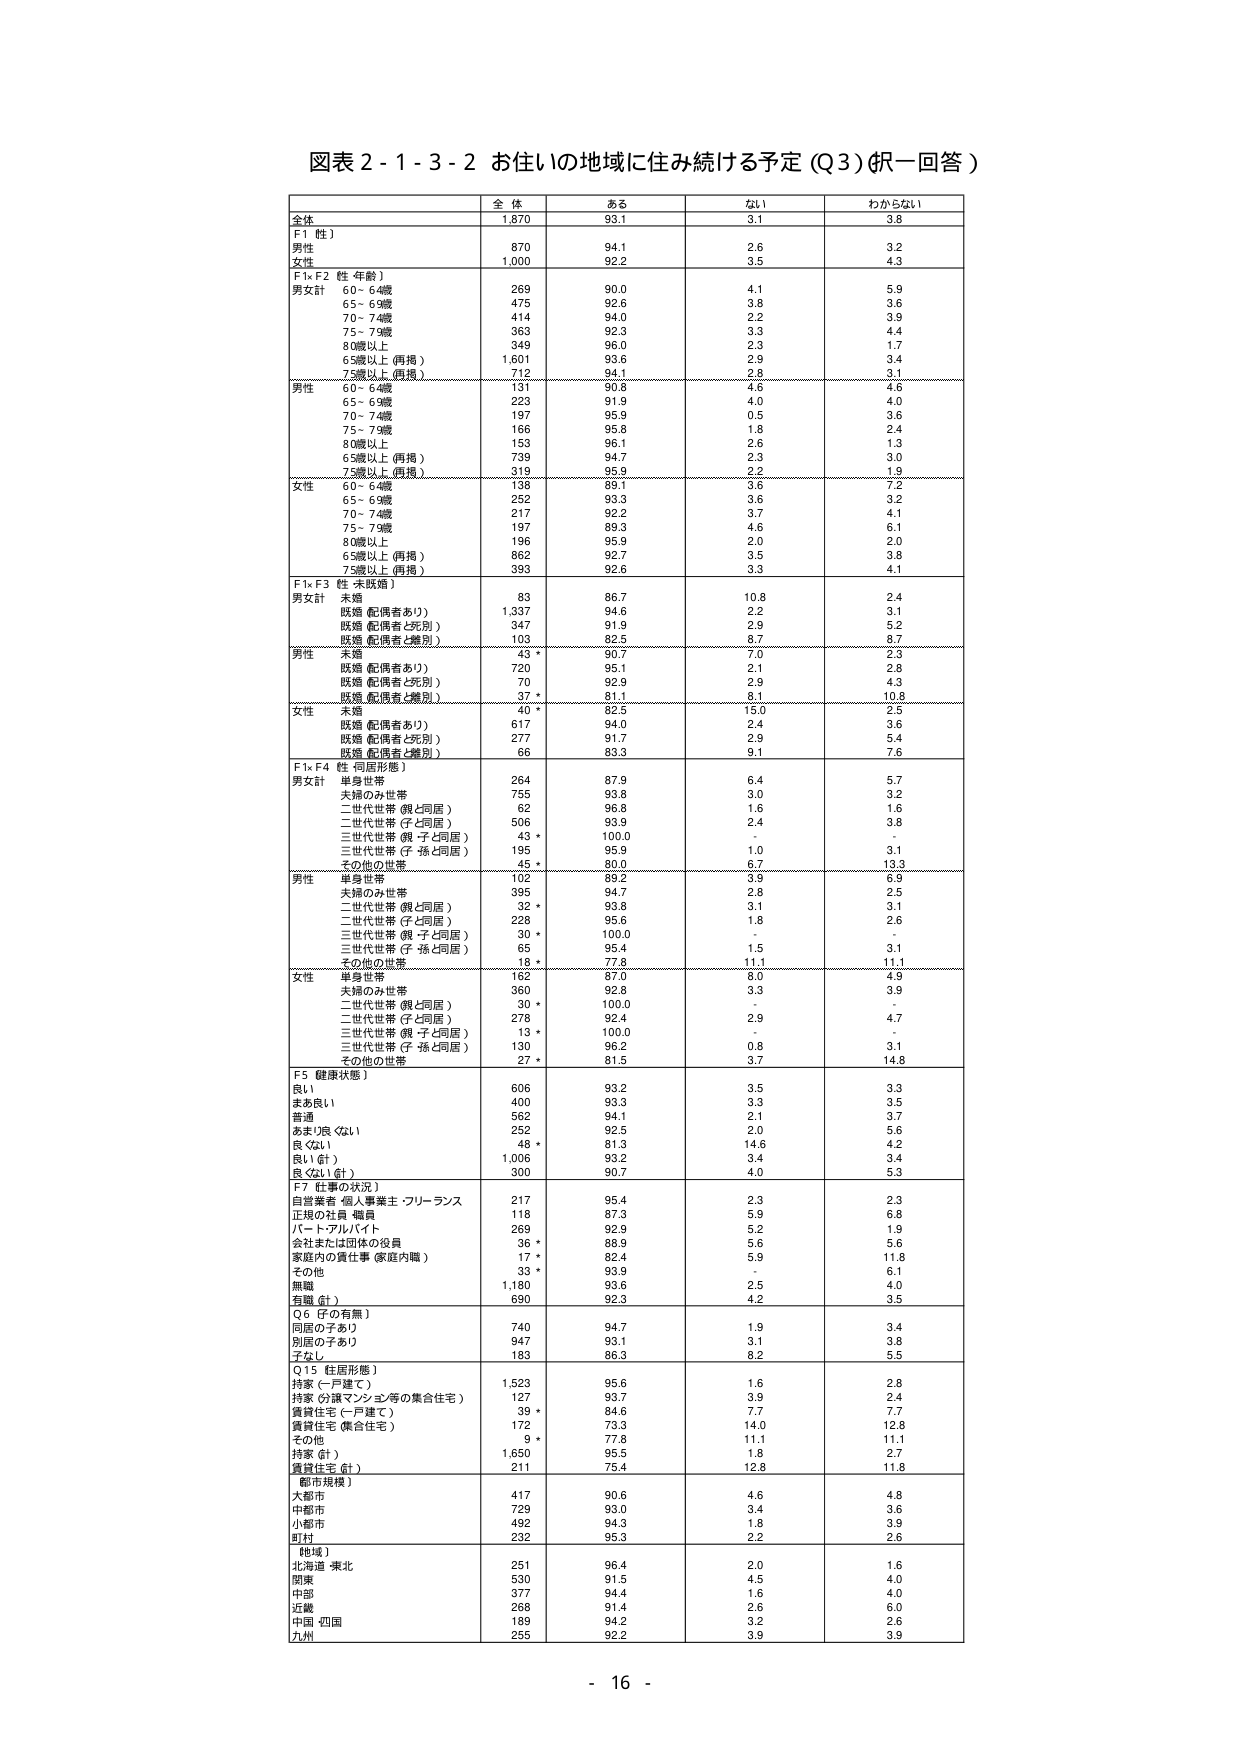
図表２-１-３-２ お住いの地域に住み続ける予定（Q3）（択一回答）

全体 1,870 93.1 3.1 3.8
F1（性）
男性 870 94.1 2.6 3.2
女性 1,000 92.2 3.5 4.3
F1×F2（性・年齢）
男女計
60～64歳 269 90.0 4.1 5.9
65～69歳 475 92.6 3.8 3.6
70～74歳 414 94.0 2.2 3.9
75～79歳 363 92.3 3.3 4.4
80歳以上 349 96.0 2.3 1.7
65歳以上（再掲） 1,601 93.6 2.9 3.4
75歳以上（再掲） 712 94.1 2.8 3.1
男性
60～64歳 131 90.8 4.6 4.6
65～69歳 223 91.9 4.0 4.0
70～74歳 197 95.9 0.5 3.6
75～79歳 166 95.8 1.8 2.4
80歳以上 153 96.1 2.6 1.3
65歳以上（再掲） 739 94.7 2.3 3.0
75歳以上（再掲） 319 95.9 2.2 1.9
女性
60～64歳 138 89.1 3.6 7.2
65～69歳 252 93.3 3.6 3.2
70～74歳 217 92.2 3.7 4.1
75～79歳 197 89.3 4.6 6.1
80歳以上 196 95.9 2.0 2.0
65歳以上（再掲） 862 92.7 3.5 3.8
75歳以上（再掲） 393 92.6 3.3 4.1
F1×F3（性・未婚婚）
男女計
未婚 83 86.7 10.8 2.4
既婚（配偶者あり） 1,337 94.6 2.2 3.1
既婚（配偶者と死別） 347 91.9 2.9 5.2
既婚（配偶者と離別） 103 82.5 8.7 8.7
男性
未婚 43 * 90.7 7.0 2.3
既婚（配偶者あり） 720 95.1 2.1 2.8
既婚（配偶者と死別） 70 92.9 2.9 4.3
既婚（配偶者と離別） 37 * 81.1 8.1 10.8
女性
未婚 40 * 82.5 15.0 2.5
既婚（配偶者あり） 617 94.0 2.4 3.6
既婚（配偶者と死別） 277 91.7 2.9 5.4
既婚（配偶者と離別） 66 83.3 9.1 7.6
F1×F4（性・同居形態）
男女計
単身世帯 264 87.9 6.4 5.7
夫婦のみ世帯 755 93.8 3.0 3.2
二世代世帯（親と同居） 62 96.8 1.6 1.6
二世代世帯（子と同居） 506 93.9 2.4 3.8
三世代世帯（親・子と同居） 43 * 100.0 - -
三世代世帯（子・孫と同居） 195 95.9 1.0 3.1
その他の世帯 42 * 80.0 6.7 13.3
男性
単身世帯 102 89.2 3.9 6.9
夫婦のみ世帯 395 94.7 2.8 2.5
二世代世帯（親と同居） 32 * 93.8 3.1 3.1
二世代世帯（子と同居） 228 95.6 1.8 2.6
三世代世帯（親・子と同居） 30 * 100.0 - -
三世代世帯（子・孫と同居） 65 95.4 1.5 3.1
その他の世帯 18 * 77.8 11.1 11.1
女性
単身世帯 162 87.0 8.0 4.9
夫婦のみ世帯 360 92.8 3.3 3.9
二世代世帯（親と同居） 30 * 100.0 - -
二世代世帯（子と同居） 278 92.4 2.9 4.7
三世代世帯（親・子と同居） 13 * 100.0 - -
三世代世帯（子・孫と同居） 130 96.2 0.8 3.1
その他の世帯 27 * 81.5 3.7 14.8
F5（健康状態）
良い 606 93.2 3.5 3.3
まあ良い 400 93.3 3.3 3.5
普通 562 94.1 2.1 3.7
あまり良くない 252 92.5 2.0 5.6
良くない 48 * 81.3 14.6 4.2
良い（計） 1,006 93.2 3.4 3.4
良くない（計） 300 90.7 4.0 5.3
F7（仕事の状況）
自営業者・個人事業主・フリーランス 217 95.4 2.3 2.3
正規の社員・職員 118 87.3 5.9 6.8
パート・アルバイト 269 92.9 5.2 1.9
会社または団体の役員 36 * 88.9 5.6 5.6
家庭内の質仕事（家庭内職） 17 * 82.4 5.9 11.8
その他 33 * 93.9 - 6.1
無職 1,180 93.6 2.5 4.0
有職（計） 690 92.3 4.2 3.5
Q6（子の有無）
同居の子あり 740 94.7 1.9 3.4
別居の子あり 947 93.1 3.1 3.8
子なし 183 86.3 8.2 5.5
Q15（住居形態）
持家（一戸建て） 1,523 95.6 1.6 2.8
持家（分譲マンション等の集合住宅） 127 93.7 3.9 2.4
賃貸住宅（一戸建て） 39 * 84.6 7.7 7.7
賃貸住宅（集合住宅） 172 73.3 14.0 12.8
その他 9 * 77.8 11.1 11.1
持家（計） 1,650 95.5 1.8 2.7
賃貸住宅（計） 211 75.4 12.8 11.8
【都市規模】
大都市 417 90.6 4.6 4.8
中都市 729 93.0 3.4 3.6
小都市 492 94.3 1.8 3.9
町村 232 95.3 2.2 2.6
【地域】
北海道・東北 251 96.4 2.0 1.6
関東 530 91.5 4.5 4.0
中部 377 94.4 1.6 4.0
近畿 268 91.4 2.6 6.0
中国・四国 189 94.2 3.2 2.6
九州 255 92.2 3.9 3.9

- 16 -